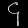
Digit: ၄